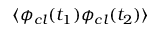
\langle \phi _ { c l } ( t _ { 1 } ) \phi _ { c l } ( t _ { 2 } ) \rangle